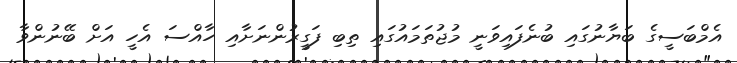
އެމްބަސީގެ ބަޔާނުގައި ބުނެފައިވަނީ މުޖުތަމައުގައި ތިބި ފަގީރުންނަށާއި ހާއްސަ އެހީ އަށް ބޭނުންވާ